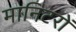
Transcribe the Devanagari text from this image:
मानिटरों